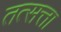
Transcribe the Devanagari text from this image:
तत्सत्ता